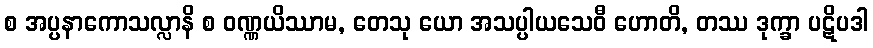
စ အပ္ပနာကောသလ္လာနိ စ ဝဏ္ဏယိဿာမ, တေသု ယော အသပ္ပါယသေဝီ ဟောတိ, တဿ ဒုက္ခာ ပဋိပဒါ